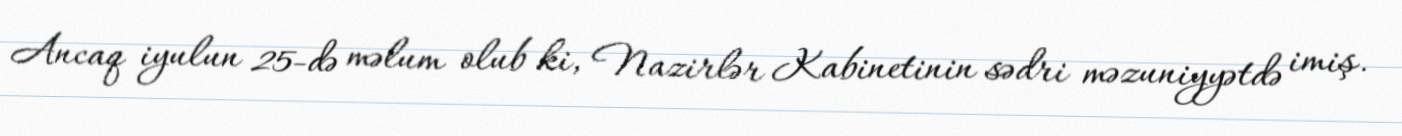
Ancaq iyulun 25-də məlum olub ki, Nazirlər Kabinetinin sədri məzuniyyətdə imiş.